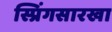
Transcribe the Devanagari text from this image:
स्प्रिंगसारखा